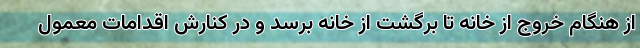
از هنگام خروج از خانه تا برگشت از خانه برسد و در کنارش اقدامات معمول